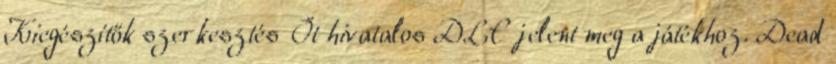
Kiegészítők szerkesztés Öt hivatalos DLC jelent meg a játékhoz. Dead